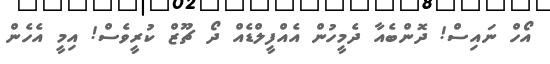
އޯހް ނައިސް! ދޮންބެއާ ދެމީހުން އެއްފީލްޑެއް ދޯ ޗޫޒް ކުރީވެސް! އިމީ އެހެން